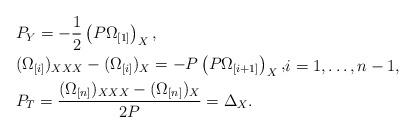
LaTeX: \begin{align*}\begin{aligned} &P_Y=-\frac{1}{2}\left(P\Omega_{[1]}\right)_X,\\&(\Omega_{[i]})_{XXX}-(\Omega_{[i]})_X=-P\left(P\Omega_{[i+1]}\right)_X, \\& P_T=\frac{(\Omega_{[n]})_{XXX}-(\Omega_{[n]})_X}{2P}=\Delta_X.\end{aligned}i=1,\dots, n-1,\end{align*}